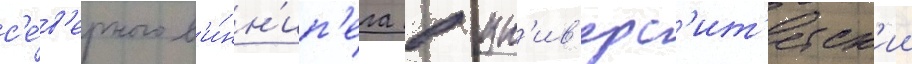
с'е́в'ерного в'и́нн'ип'ега в ун'ив'ерс'ит'етск'ии